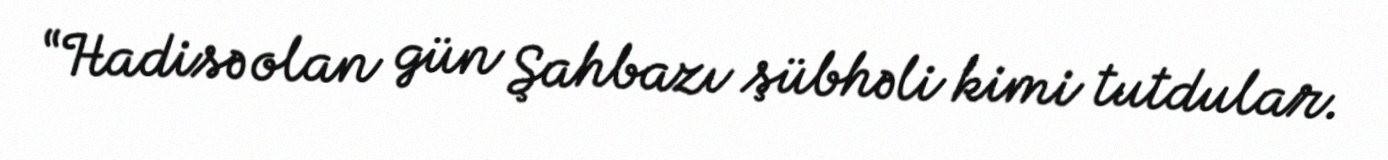
“Hadisə olan gün Şahbazı şübhəli kimi tutdular.